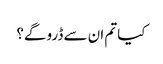
کیا تم ان سے ڈرو گے؟